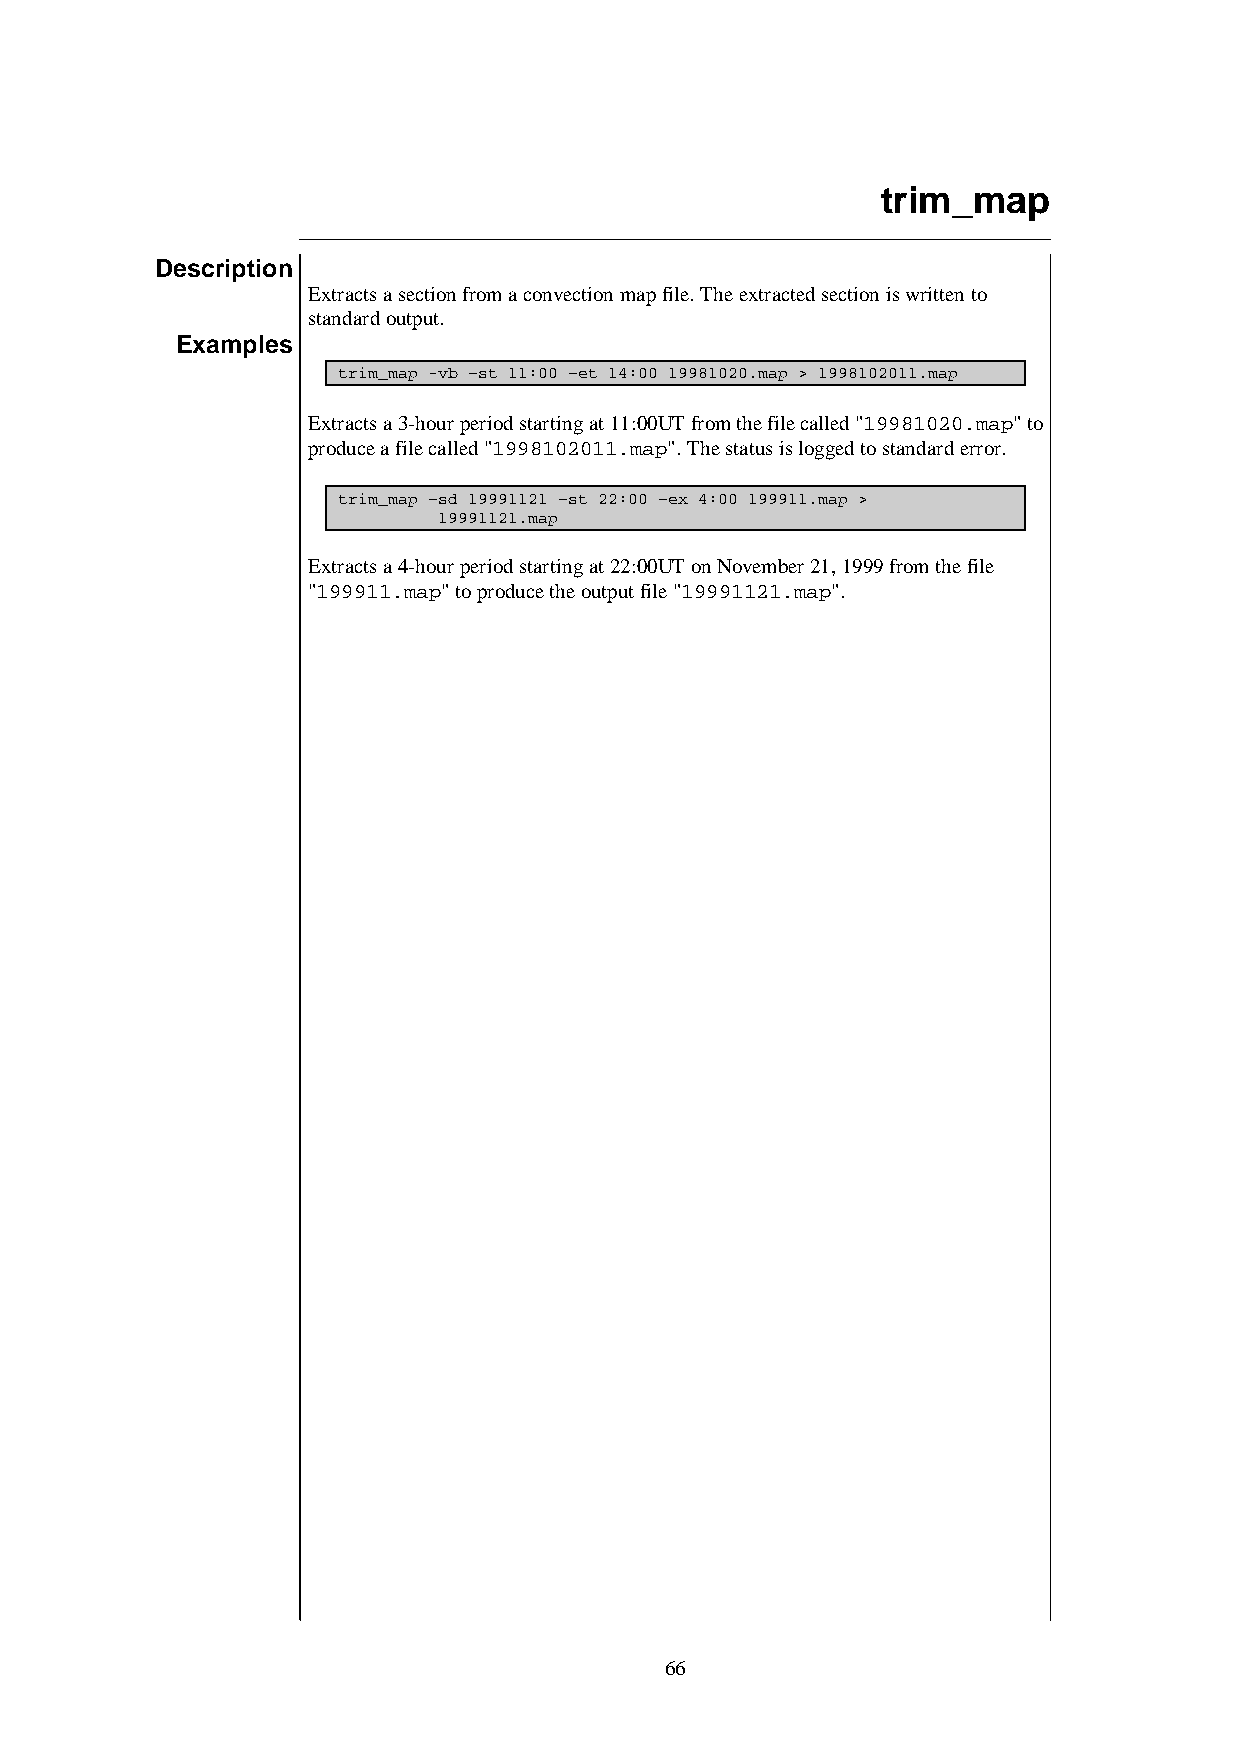
trim_map
 Description
 Extracts a section from a convection map file. The extracted section is written to
 standard output.
 Examples
 trim_map -vb –st 11:00 –et 14:00 19981020.map > 1998102011.map
 Extracts a 3-hour period starting at 11:00UT from the file called "19981020.map" to
 produce a file called "1998102011.map". The status is logged to standard error.
 trim_map –sd 19991121 –st 22:00 –ex 4:00 199911.map >
 19991121.map
 Extracts a 4-hour period starting at 22:00UT on November 21, 1999 from the file
 "199911.map" to produce the output file "19991121.map".
 66